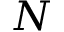
N